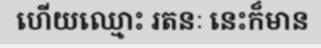
ហើយឈ្មោះ រតនៈ នេះក៏មាន